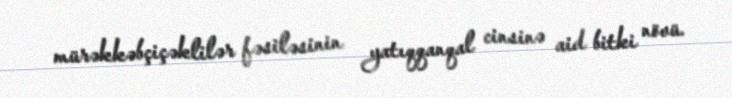
mürəkkəbçiçəklilər fəsiləsinin yatıqqanqal cinsinə aid bitki növü.